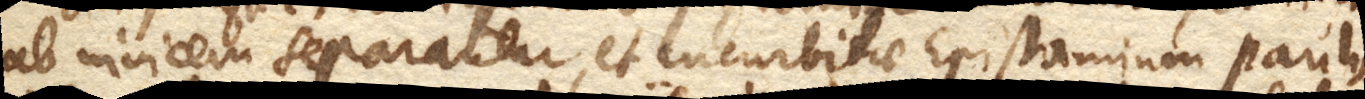
ab invicem separantur, et cucurbitae Epistomium paulis–